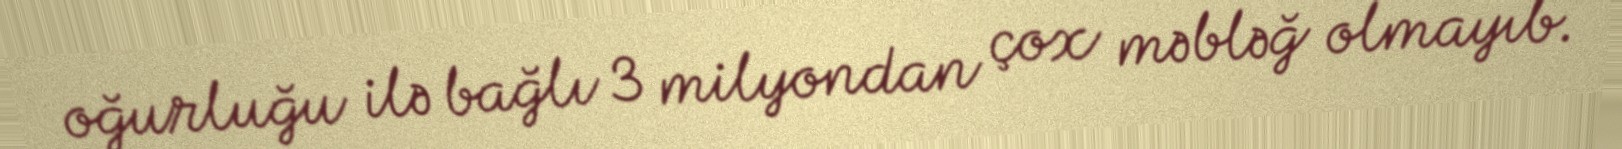
oğurluğu ilə bağlı 3 milyondan çox məbləğ olmayıb.